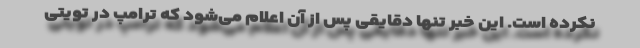
نکرده است. این خبر تنها دقایقی پس از آن اعلام می‌شود که ترامپ در تویتی